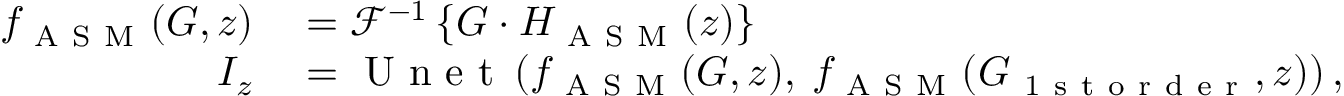
\begin{array} { r l } { f _ { \mathrm { ~ A ~ S ~ M ~ } } ( G , z ) } & { { } = \mathcal { F } ^ { - 1 } \left\{ G \cdot H _ { \mathrm { ~ A ~ S ~ M ~ } } ( z ) \right\} } \\ { I _ { z } } & { { } = \mathrm { ~ U ~ n ~ e ~ t ~ } \left( f _ { \mathrm { ~ A ~ S ~ M ~ } } ( G , z ) , \: f _ { \mathrm { ~ A ~ S ~ M ~ } } ( G _ { \mathrm { ~ 1 ~ s ~ t ~ o ~ r ~ d ~ e ~ r ~ } } , z ) \right) , } \end{array}